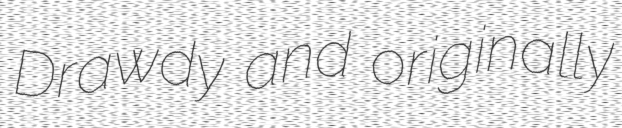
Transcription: Drawdy and originally